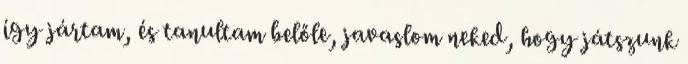
így jártam, és tanultam belőle, javaslom neked, hogy játszunk